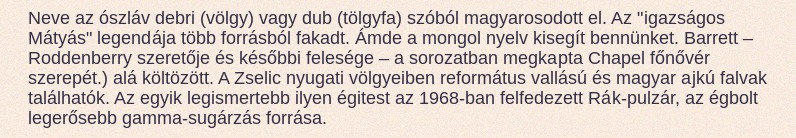
Neve az ószláv debri (völgy) vagy dub (tölgyfa) szóból magyarosodott el. Az "igazságos Mátyás" legendája több forrásból fakadt. Ámde a mongol nyelv kisegít bennünket. Barrett – Roddenberry szeretője és későbbi felesége – a sorozatban megkapta Chapel főnővér szerepét.) alá költözött. A Zselic nyugati völgyeiben református vallású és magyar ajkú falvak találhatók. Az egyik legismertebb ilyen égitest az 1968-ban felfedezett Rák-pulzár, az égbolt legerősebb gamma-sugárzás forrása.